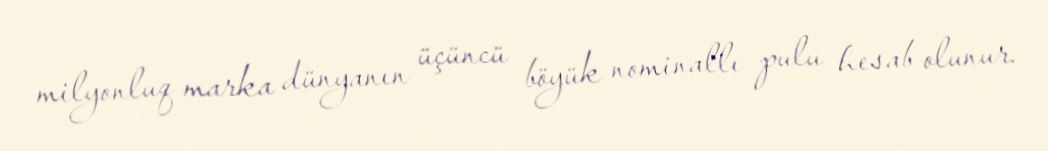
milyonluq marka dünyanın üçüncü böyük nominallı pulu hesab olunur.